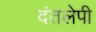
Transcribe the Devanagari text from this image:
दंतलेपी